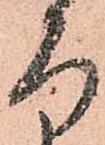
ろ